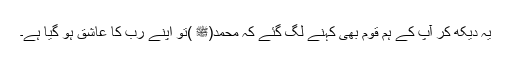
یہ دیکھ کر آپؐ کے ہم قوم بھی کہنے لگ گئے کہ محمد(ﷺ )تو اپنے رب کا عاشق ہو گیا ہے۔